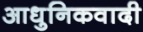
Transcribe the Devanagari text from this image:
आधुनिकवादी